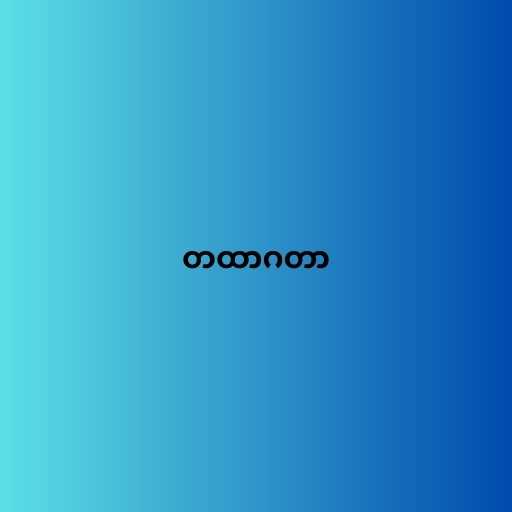
တထာဂတာ